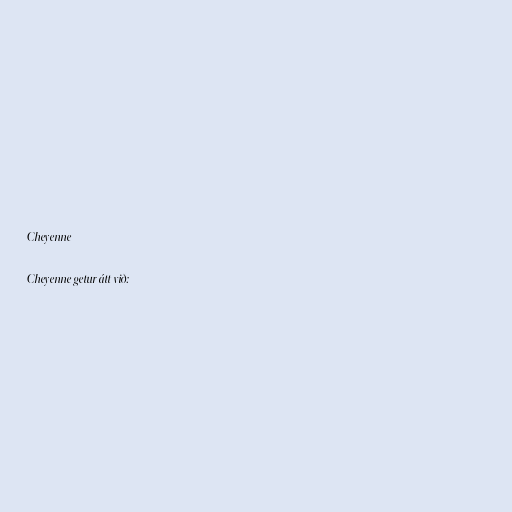
Cheyenne

Cheyenne getur átt við: